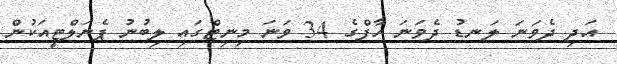
އަދި ދެވަނަ ލަނޑު ދެވަނަ ހާފްގެ 34 ވަނަ މިނިޓްގައި ލިބުނު ޕެނަލްޓީއަކުން